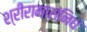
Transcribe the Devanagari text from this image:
श्रीरामासंनिध